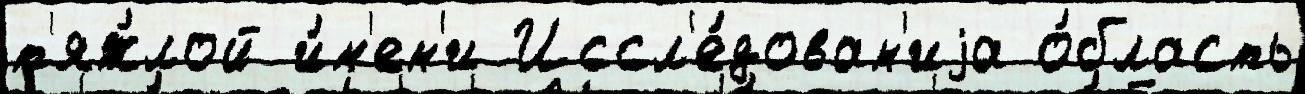
т'яж́лой и́м'ен'и Иссл'е́дован'иjа о́бласть